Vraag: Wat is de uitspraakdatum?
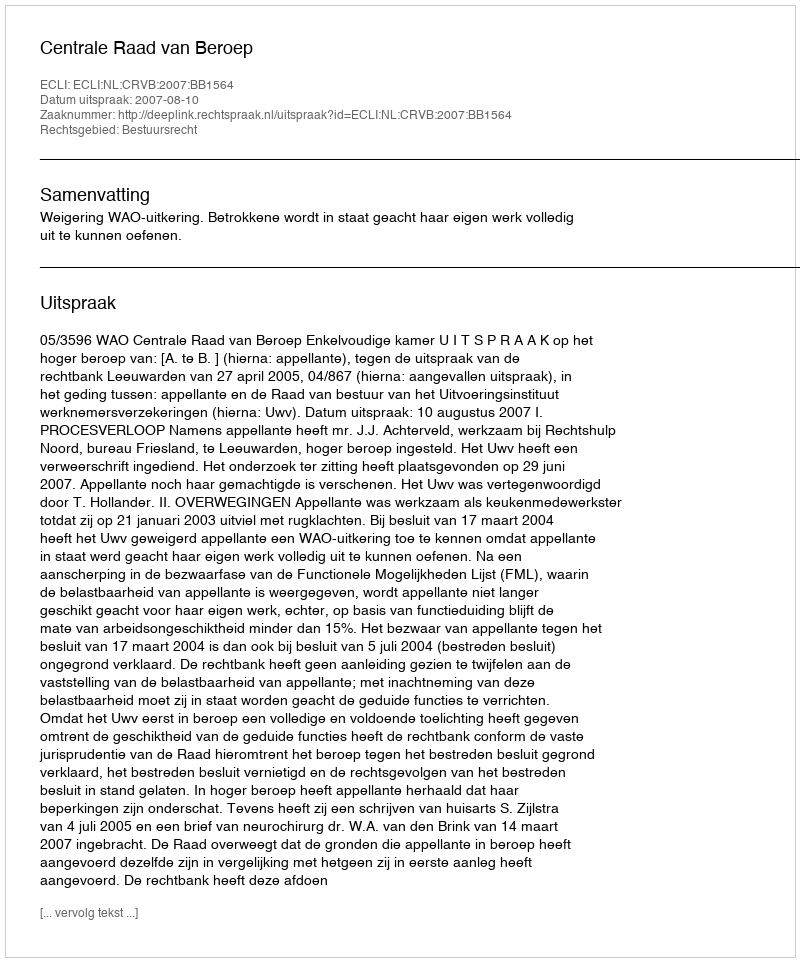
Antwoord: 2007-08-10